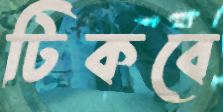
টিকবে